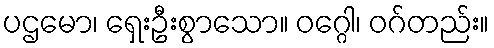
ပဌမော၊ ရှေးဦးစွာသော။ ဝဂ္ဂေါ၊ ဝဂ်တည်း။